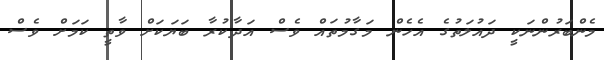
މެންބަރުންނަކީ ދައުލަތުގެ އެހެން މަގާމުތައް ވެސް އަދާކުރާ ބަޔަކަށް ވާތީ ކަމަށް ވެސް